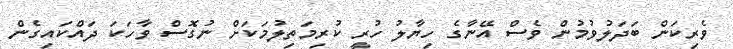
ވެރިކަން ބަދަލުވުމުން ވެސް އޭނާގެ ހިޔާލު ހުރީ ކުރިމަތިލުމަކަށް ނުގޮސް ވާހަކަ ދައްކައިގެން